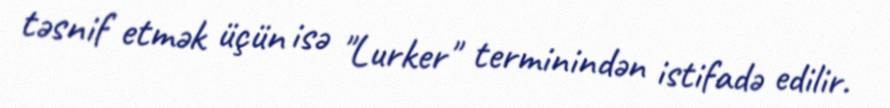
təsnif etmək üçün isə "Lurker" terminindən istifadə edilir.